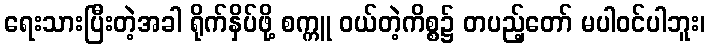
ရေးသားပြီးတဲ့အခါ ရိုက်နှိပ်ဖို့ စက္ကူ ဝယ်တဲ့ကိစ္စ၌ တပည့်တော် မပါဝင်ပါဘူး၊